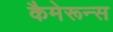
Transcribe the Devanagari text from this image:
कैमेरून्स